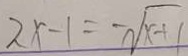
2 x - 1 = - \sqrt { x + 1 }